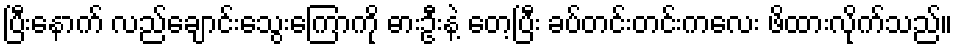
ပြီးနောက် လည်ချောင်းသွေးကြောကို ဓားဦးနဲ့ တေ့ပြီး ခပ်တင်းတင်းကလေး ဖိထားလိုက်သည်။